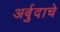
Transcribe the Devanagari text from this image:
अर्बुदाचे